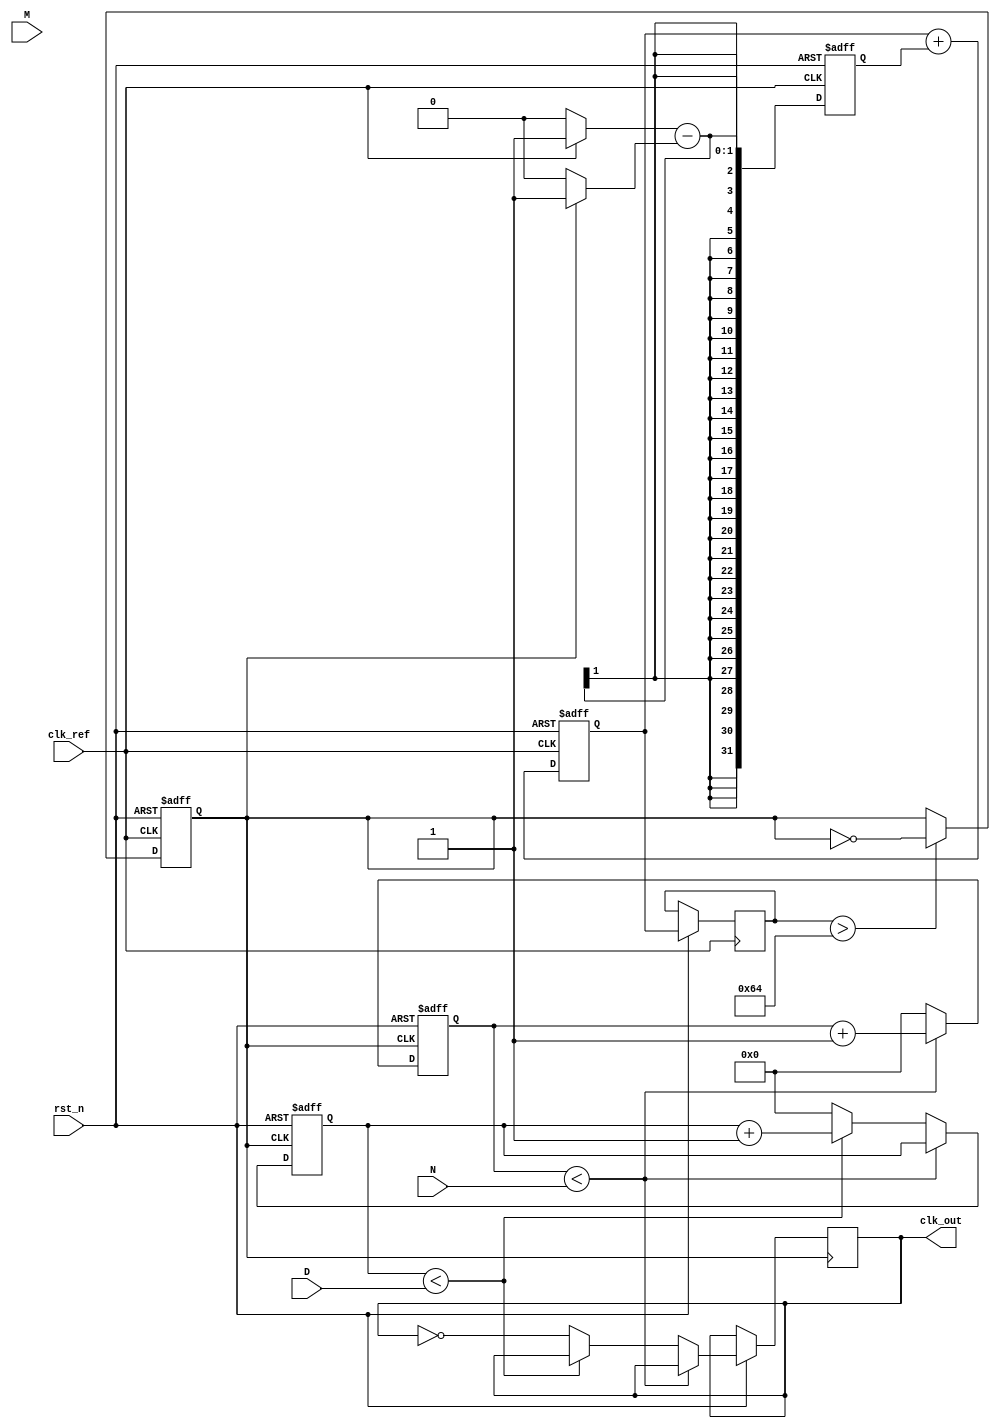
module frac_n_pll (
    input wire clk_ref,          // Reference clock input
    input wire rst_n,           // Active low reset
    input wire [N_BITS-1:0] N,  // Integer division value
    input wire [D_BITS-1:0] D,  // Numerator for fractional division
    input wire [M_BITS-1:0] M,  // Denominator for fractional division
    output wire clk_out          // Output clock
);

parameter N_BITS = 8;          // Number of bits for integer division
parameter D_BITS = 8;          // Number of bits for numerator
parameter M_BITS = 8;          // Number of bits for denominator
parameter VCO_MAX_FREQ = 1000; // Maximum VCO frequency in MHz
parameter VCO_MIN_FREQ = 100;   // Minimum VCO frequency in MHz

// Internal signals
reg [N_BITS-1:0] div_counter;
reg [D_BITS-1:0] frac_counter;
reg [M_BITS-1:0] frac_divider;
reg vco_out;
reg [31:0] phase_error;         // Phase error signal
reg [31:0] control_voltage;     // Control voltage for VCO
reg [31:0] loop_filter_output;  // Output of the loop filter

// Phase Detector (PD)
always @(posedge clk_ref or negedge rst_n) begin
    if (!rst_n) begin
        phase_error <= 0;
    end else begin
        // Simple phase error calculation (to be refined)
        // Assume clk_out is the feedback clock
        phase_error <= (clk_ref ? 1 : 0) - (vco_out ? 1 : 0);
    end
end

// Loop Filter (LF)
always @(posedge clk_ref or negedge rst_n) begin
    if (!rst_n) begin
        control_voltage <= 0;
    end else begin
        // Simple low-pass filter implementation (to be refined)
        control_voltage <= control_voltage + phase_error; // Integrate phase error
        loop_filter_output <= control_voltage; // Output of the loop filter
    end
end

// Voltage-Controlled Oscillator (VCO)
always @(posedge clk_ref or negedge rst_n) begin
    if (!rst_n) begin
        vco_out <= 0;
    end else begin
        // Simple VCO model (to be refined)
        // Control voltage affects frequency (scaled)
        if (loop_filter_output > 100) begin
            vco_out <= ~vco_out; // Toggle output for simplicity
        end
    end
end

// Frequency Divider
always @(posedge vco_out or negedge rst_n) begin
    if (!rst_n) begin
        div_counter <= 0;
        frac_counter <= 0;
    end else begin
        // Integer division
        if (div_counter < N) begin
            div_counter <= div_counter + 1;
        end else begin
            div_counter <= 0;
            // Fractional division
            if (frac_counter < D) begin
                frac_counter <= frac_counter + 1;
            end else begin
                frac_counter <= 0;
                // Output clock generation
                clk_out <= ~clk_out; // Toggle output clock
            end
        end
    end
end

endmodule